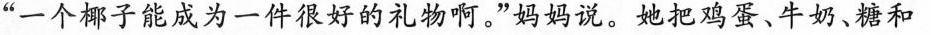
“一个椰子能成为一件很好的礼物啊。”妈妈说。她把鸡蛋、牛奶、糖和